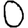
Digit: 0